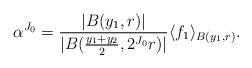
LaTeX: \begin{align*}\alpha^{J_{0}} = \frac{|B(y_{1},r)|}{|B(\frac{y_{1}+y_{2}}{2}, 2^{J_{0}}r)|} \langle f_{1} \rangle_{B(y_{1},r)}.\end{align*}